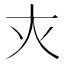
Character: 𡗜